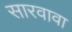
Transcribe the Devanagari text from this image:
सारवावा